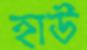
হাউ